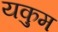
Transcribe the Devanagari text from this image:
यकुम